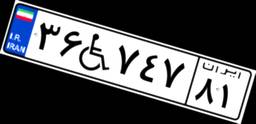
۳۶W۷۴۷۸۱